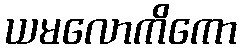
ယမလောကိကော